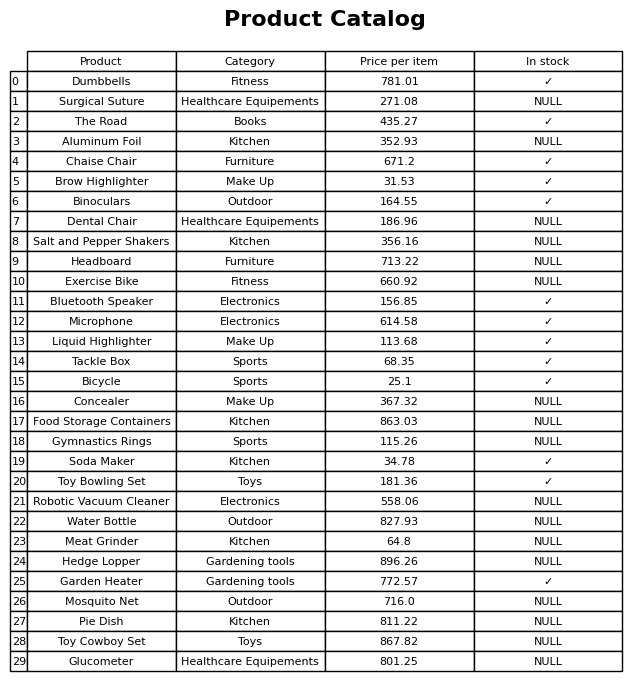
question: What is the price for Mosquito Net?
answer: The price of Mosquito Net is 716.0.